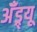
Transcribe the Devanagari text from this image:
अॅँड्र्यू